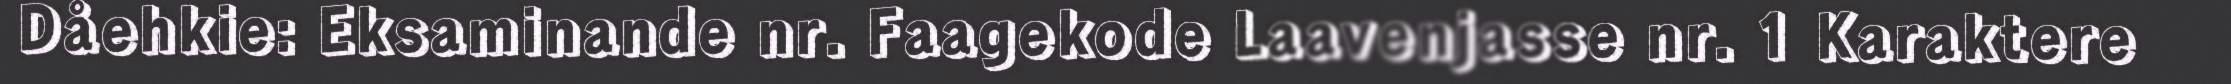
Dåehkie: Eksaminande nr. Faagekode Laavenjasse nr. 1 Karaktere